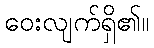
ဝေးလျက်ရှိ၏။